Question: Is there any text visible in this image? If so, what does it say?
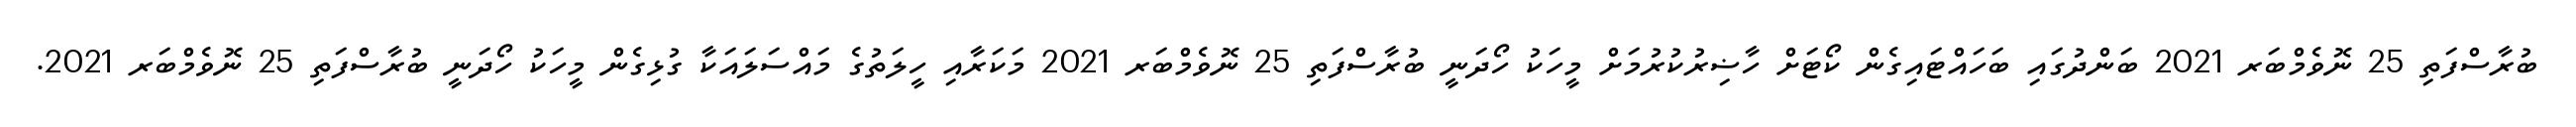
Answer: ބުރާސްފަތި 25 ނޮވެމްބަރ 2021 ބަންދުގައި ބަހައްޓައިގެން ކޯޓަށް ހާޟިރުކުރުމަށް މީހަކު ހޯދަނީ ބުރާސްފަތި 25 ނޮވެމްބަރ 2021 މަކަރާއި ހީލަތުގެ މައްސަލައަކާ ގުޅިގެން މީހަކު ހޯދަނީ ބުރާސްފަތި 25 ނޮވެމްބަރ 2021.